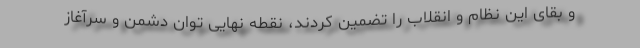
و بقای این نظام و انقلاب را تضمین کردند، نقطه نهایی توان دشمن و سرآغاز